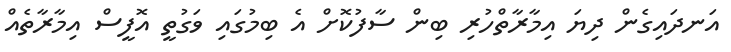
އަނދައިގެން ދިޔަ އިމާރާތްހުރި ބިން ސާފުކޮށް އެ ބިމުގައި ވަގުތީ އޮފީސް އިމާރާތެއް